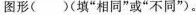
图形()(填”相同”或”不同”)。